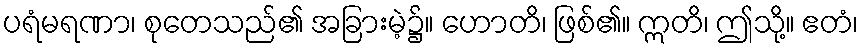
ပရံမရဏာ၊ စုတေသည်၏ အခြားမဲ့၌။ ဟောတိ၊ ဖြစ်၏။ ဣတိ၊ ဤသို့။ ဧတံ၊